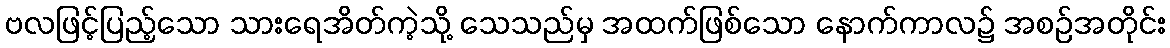
ဗလဖြင့်ပြည့်သော သားရေအိတ်ကဲ့သို့ သေသည်မှ အထက်ဖြစ်သော နောက်ကာလ၌ အစဉ်အတိုင်း